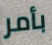
بأمر